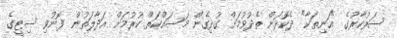
ސަރުކާރުގެ "އަނިތަކާ" ދެކޮޅަށް ތެދުވުމަށް ގުޅިގެން މަސައްކަތް ކުރުމަށް އަދާލަތުން ފޮނުވި ސިޓީގެ